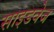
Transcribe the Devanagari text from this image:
साइडवेज